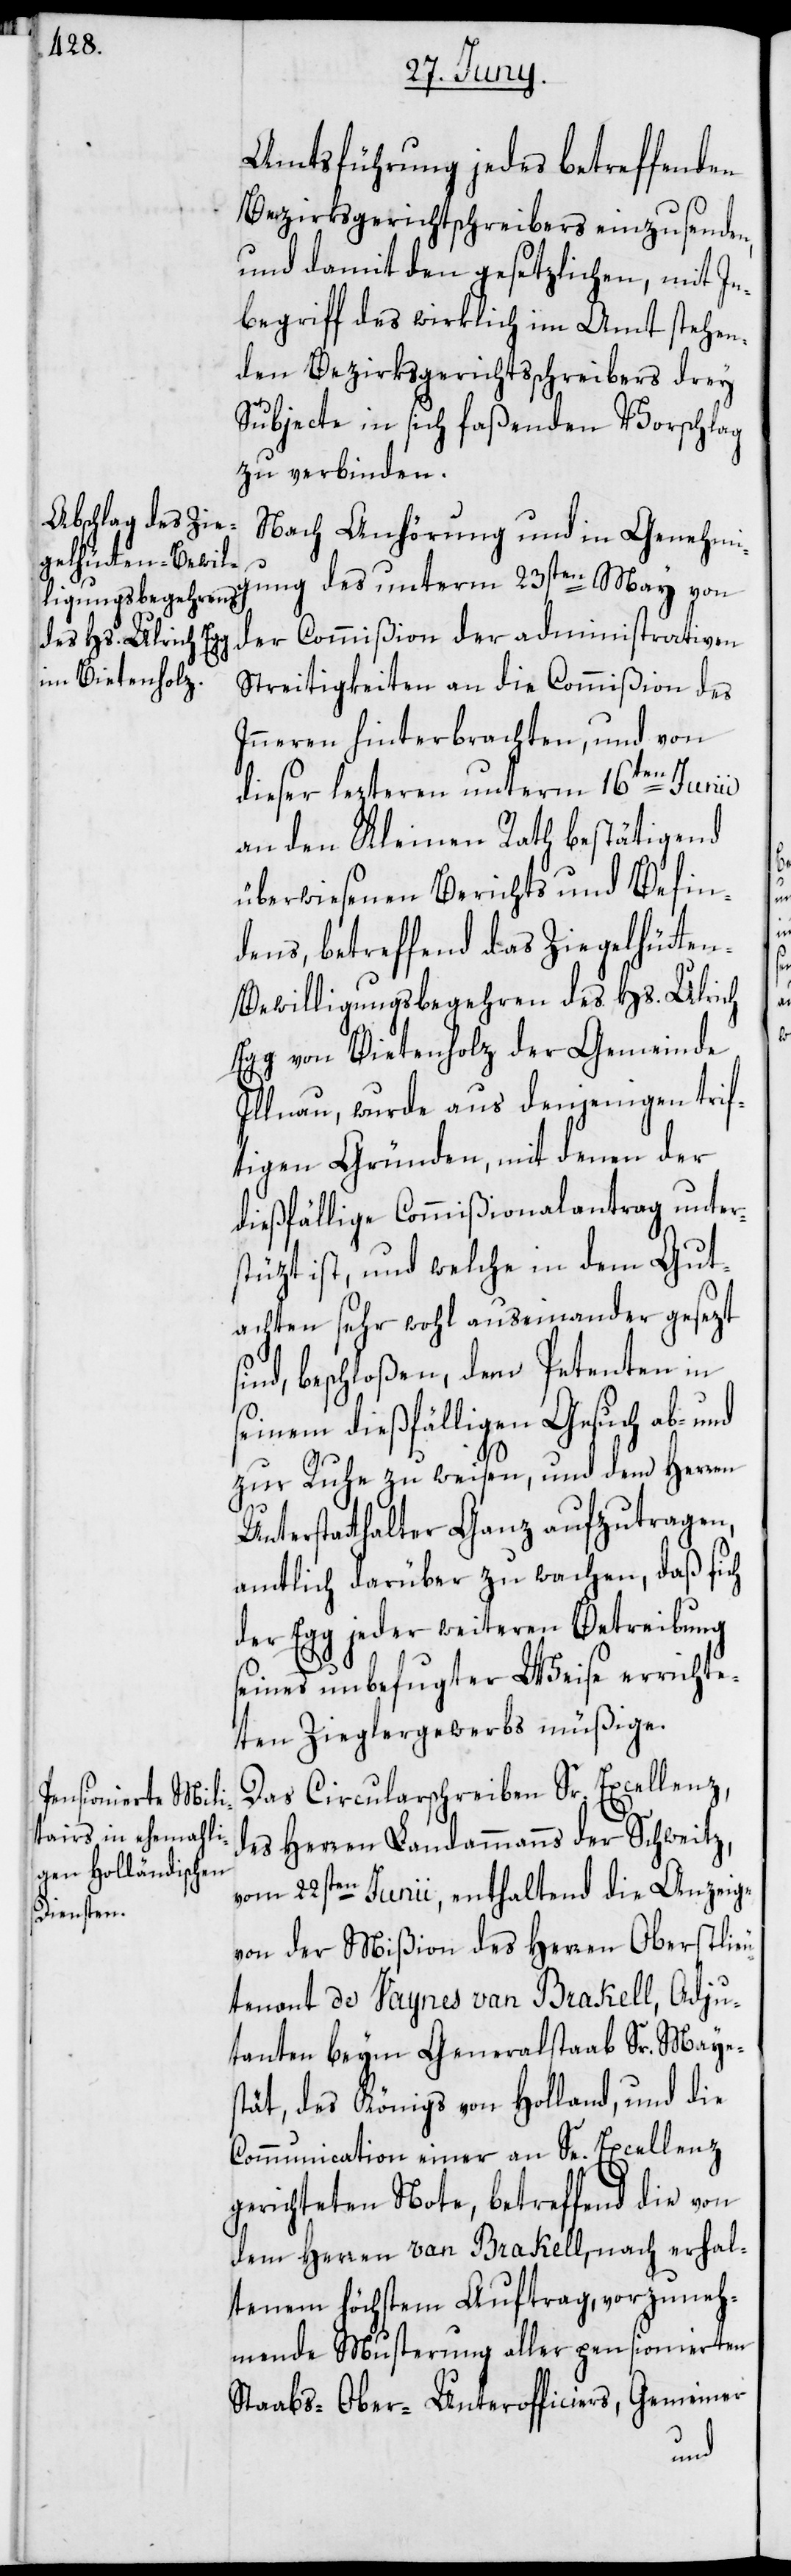
Amtsführung jedes betreffenden
Bezirksgerichtschreibers einzusenden,
und damit den gesetzlichen, mit In¬
begriff des wirklich im Amt stehen¬
den Bezirksgerichtsschreibers drey
Subjecte in sich faßenden Vorschlag
zu verbinden.
Nach Anhörung und in Genehmi¬
gung des unterm 23sten May von
der Commißion der administrativen
Streitigkeiten an die Commißion des
Inneren hinterbrachten, und von
dieser lezteren unterm 16ten Junii
an den Kleinen Rath bestätigend
überwiesenen Berichts und Befin¬
dens, betreffend das Ziegelhütte¬
n-Bewilligungsbegehren des Hs. Ulrich
Egg von Bietenholz der Gemeinde
Illnau, wurde aus denjenigen trif¬
tigen Gründen, mit denen der
dießfällige Commißionalantrag unter¬
stüzt ist, und welche in dem Gut¬
achten sehr wohl auseinander gesezt
ind, beschloßen, dem Petenten in
seinem dießfälligen Gesuch ab- und
zur Ruhe zu weisen, und dem Herren
Unterstatthalter Ganz aufzutragen,
amtlich darüber zu wachen, daß sich
der Egg jeder weiteren Betreibung
seines unbefugter Weise errichte¬
ten Zieglergewerbs müßige.
Das Circularschreiben Sr. Excellenz,
des Herren Landammanns der Schweitz,
vom 22sten Junii, enthaltend die Anzeige
von der Mißion des Herren Oberstlieu¬
tenant de Vaynes van Brakell, Adju¬
tanten beym Generalstaab Sr. Maye¬
stät des Königs von Holland, und die
Communication einer an Se. Excellenz
gerichteten Note, betreffend die von
dem Herren van Brakell, nach erhal¬
tenem höchstem Auftrag, vorzuneh¬
mende Musterung aller pensionierten
s¬